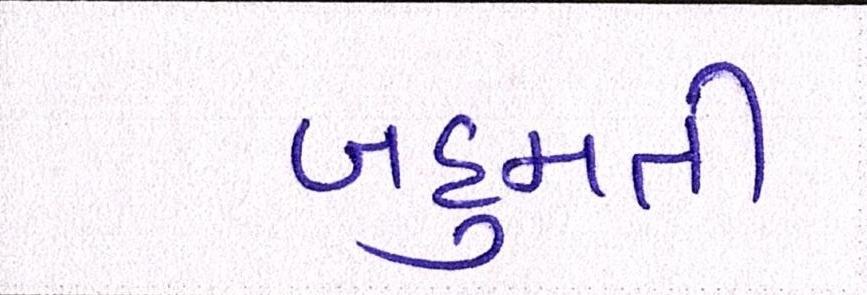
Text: બહુમતી